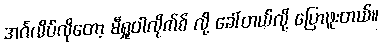
အင်္ဂလိပ်လိုတော့ မီရှုဝါလိုက်စ် လို့ ခေါ်တယ်လို့ ပြောဖူးတယ်။